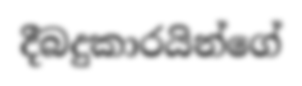
දීබදුකාරයින්ගේ